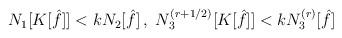
LaTeX: \begin{align*}\begin{aligned}N_1 [K[\hat{f}]] < k N_2 [\hat{f}] \,, \ N_3^{(r + 1/2)} [K[\hat{f}]] < k N_3^{(r)} [\hat{f}]\end{aligned}\end{align*}